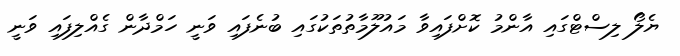
ޔެލޯ ލިސްޓްގައި އާންމު ކޮށްފައިވާ މައުލޫމާތުތަކުގައި ބުނެފައި ވަނީ ހަމްދާން ގެއްލިފައި ވަނީ